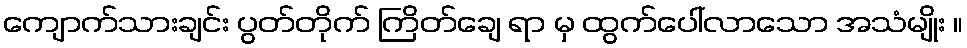
ကျောက်သားချင်း ပွတ်တိုက် ကြိတ်ချေ ရာ မှ ထွက်ပေါ်လာသော အသံမျိုး ။